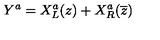
Y ^ { a } = X _ { L } ^ { a } ( z ) + X _ { R } ^ { a } ( \overline { { z } } )